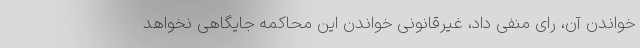
خواندن آن، رای منفی داد، غیرقانونی خواندن این محاکمه جایگاهی نخواهد